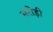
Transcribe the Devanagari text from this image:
मरोड़ी